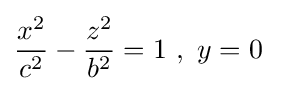
{\frac {x^{2}}{c^{2}}}-{\frac {z^{2}}{b^{2}}}=1\ ,\ y=0\